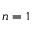
n = 1